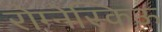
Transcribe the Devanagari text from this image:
रोम्नेस्किऊ